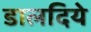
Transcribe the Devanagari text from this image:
डालदिये